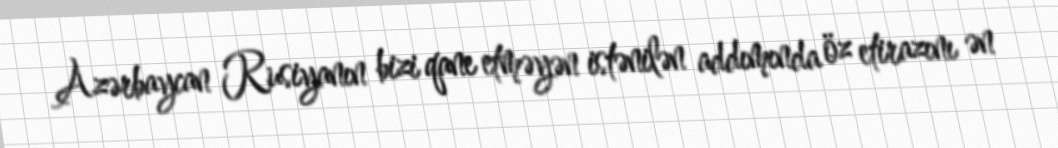
Azərbaycan Rusiyanın bizi qane etməyən istənilən addımında öz etirazını ən